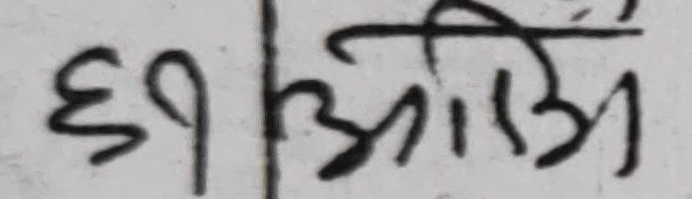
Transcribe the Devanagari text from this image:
छ१ आँटि